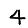
Digit: 4